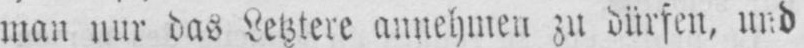
man nur das Letztere annehmen zu dürfen, und